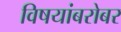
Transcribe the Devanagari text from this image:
विषयांबरोबर